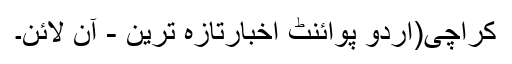
کراچی(اُردو پوائنٹ اخبارتازہ ترین - آن لائن۔